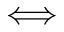
\Longleftrightarrow